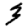
Digit: 3